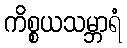
ကိစ္စယသမ္ဘာရံ